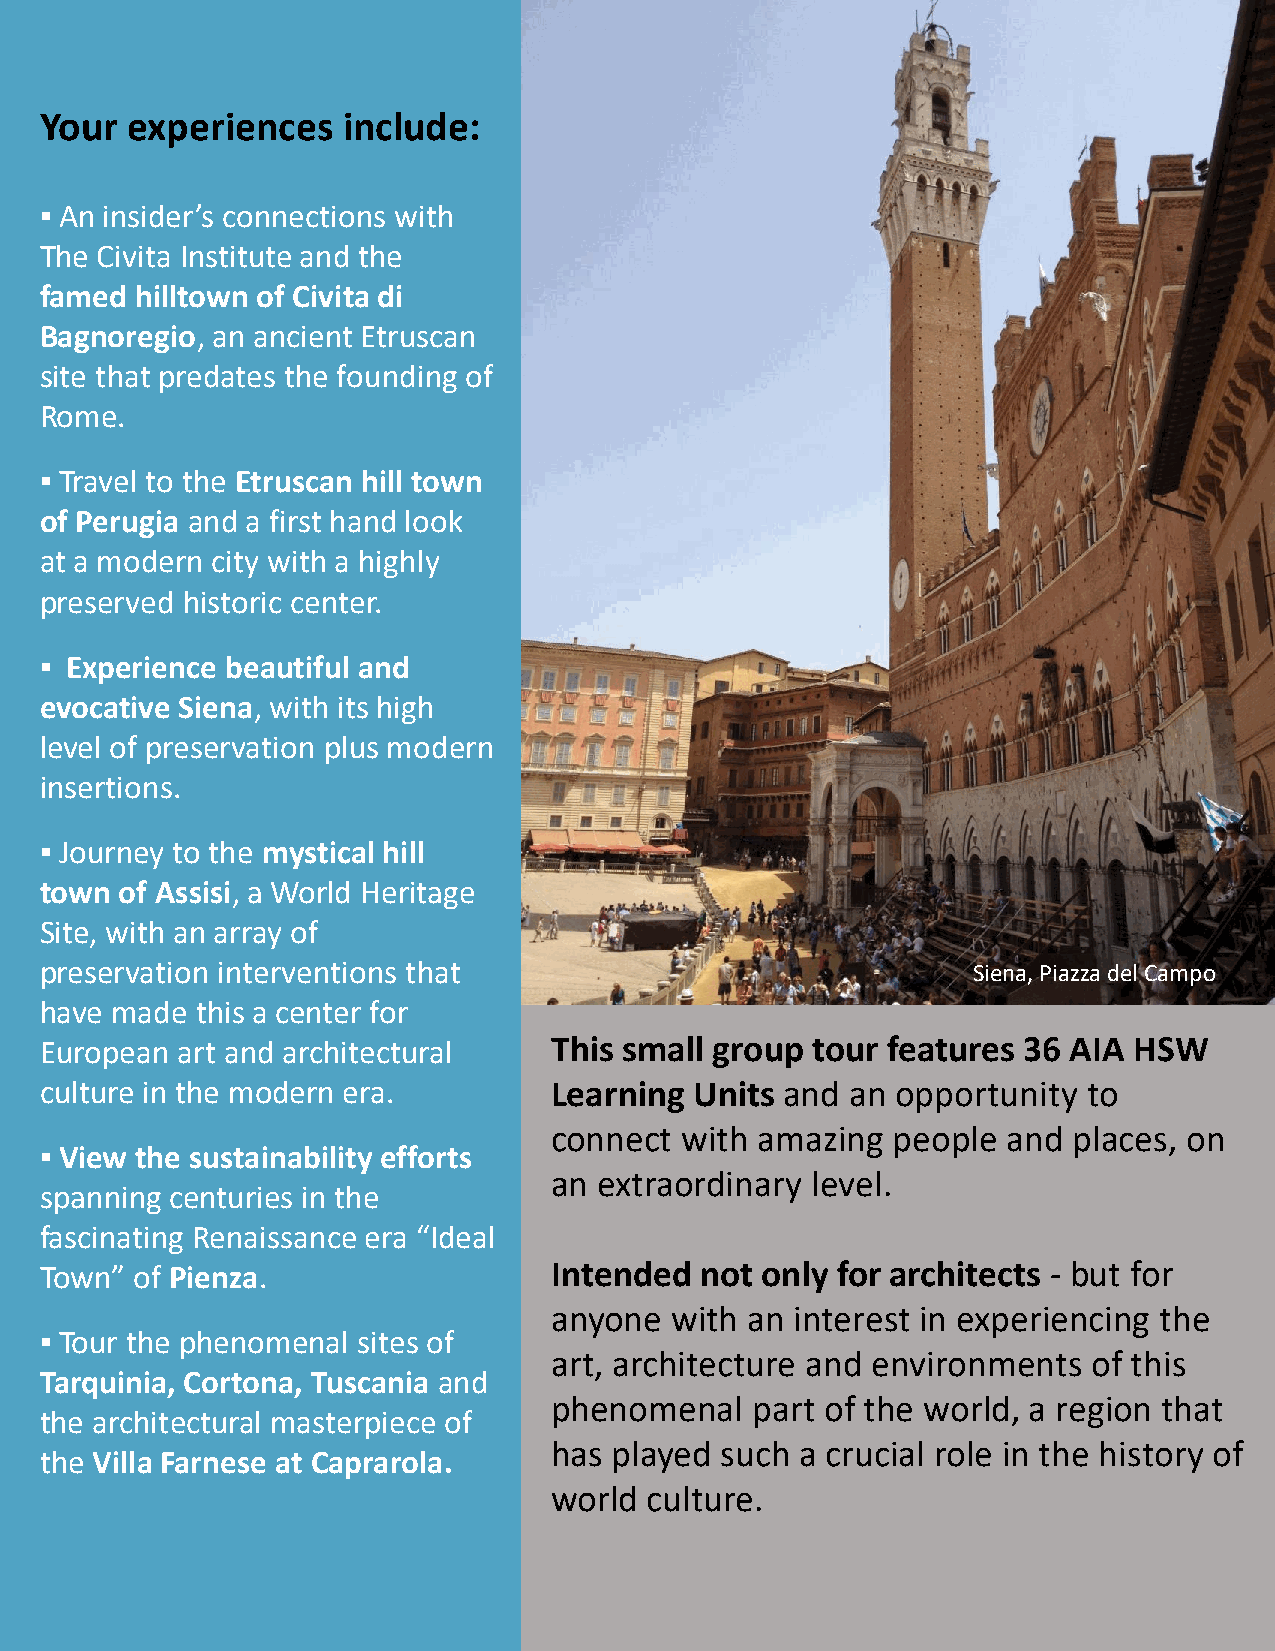
Your experiences    include:
 ▪ An insider’s connections with
 The Civita Institute and the
 famed hilltown of Civita di
 Bagnoregio, an ancient Etruscan      sss
 site that predates the founding of
 Rome.
 ▪ Travel to the Etruscan hill town
 of Perugia and a first hand look
 at a modern city with a highly
 preserved historic center.
 ▪ Experience beautiful and
 evocative Siena, with its high
 level of preservation plus modern
 insertions.
 ▪ Journey to the mystical hill                        Perugia, Piazza IV Novembre
 town of Assisi, a World Heritage
 Site, with an array of
 preservation interventions that                              Siena, Piazza del Campo
 have made this a center for
 Travel  to  the Etruscan   Hill Town   region   of Italy to discover
 European art and architectural   This small group  tour features 36 AIA HSW
 these  intensely  beautiful   towns,   landscapes    and  culture.
 culture in the modern era.       Learning  Units and an opportunity  to
 connect  with amazing  people  and places, on
 ▪ View the sustainability efforts
 an  extraordinary level.
 spanning centuries in the
 fascinating Renaissance era “Ideal
 Town” of Pienza.                 Intended  not only for architects - but for
 anyone  with  an interest in experiencing the
 ▪ Tour the phenomenal sites of
 art, architecture and environments  of this
 Tarquinia, Cortona, Tuscania and
 Email us at programs@civiptahiennsotimtuetnea.ol rpgarfto or fm thoer ew ionrflodr, ma aretigoionn that
 the architectural masterpiece of
 has  played such a crucial role in the history of
 the Villa Farnese at Caprarola.
 world  culture.